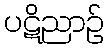
ပဋိညာဉ်